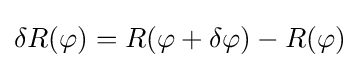
{\textstyle \delta R(\varphi )=R(\varphi +\delta \varphi )-R(\varphi )}